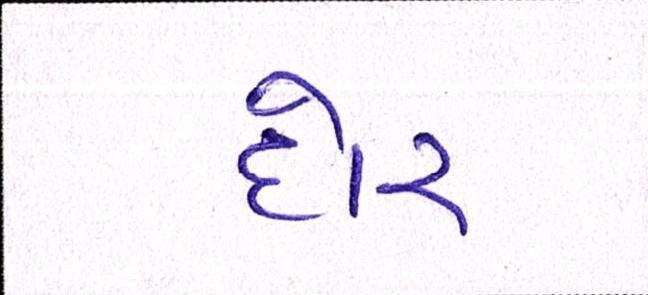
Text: દોર